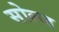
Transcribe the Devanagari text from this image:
सोल्ज